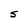
Character: S